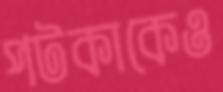
পটকাকেও